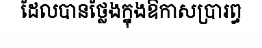
ដែលបានថ្លែងក្នុងឱកាសប្រារព្ធ